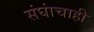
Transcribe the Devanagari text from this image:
संघांचाही